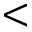
<